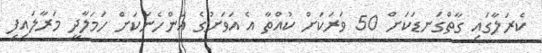
ކެރަލާގައި ގާތްގަނޑަކަށް 50 ވަރަކަށް ކުއްތާ އެ އަވަށުގެ އަންހެނަކަށް ހަމަލާދީ މަރާލައިފި